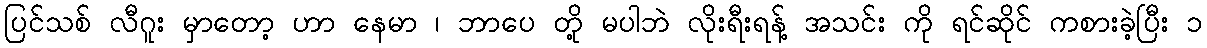
ပြင်သစ် လီဂူး မှာတော့ ဟာ နေမာ ၊ ဘာပေ တို့ မပါဘဲ လိုးရီးရန့် အသင်း ကို ရင်ဆိုင် ကစားခဲ့ပြီး ၁